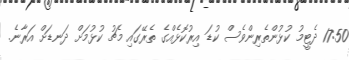
17:50 ދެޓީމު ކުޅުންތެރިންވެސް ކުޑަ އިރުކޮޅެއްގެ ތެރޭގައި މެޗު ކުޅުމަށް ދަނޑަށް އަރާނެ.